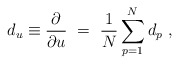
\begin{align*}d_u \equiv \frac{\partial}{\partial u}\ = \ \frac{1}{N} \sum_{p=1}^N d_p\ ,\end{align*}